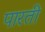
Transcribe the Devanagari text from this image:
पारती